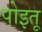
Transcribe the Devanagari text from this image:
पोइतू